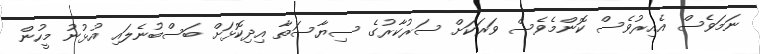
ނަމަވެސް އެއިރުވެސް ކޮންމެވެސް ވަރަކަށް ސަރުކާރުގެ ސިޔާސަތާ އިދިކޮޅަށް ބަސްބުނެލައި އުޅުނު މީހުން